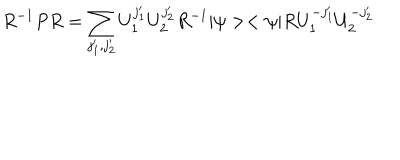
LaTeX: R ^ { - 1 } P R = \sum _ { j _ { 1 } ^ { \prime } , j _ { 2 } ^ { \prime } } U _ { 1 } ^ { j _ { 1 } ^ { \prime } } U _ { 2 } ^ { j _ { 2 } ^ { \prime } } R ^ { - 1 } | \psi > < \psi | R U _ { 1 } ^ { - j _ { 1 } ^ { \prime } } U _ { 2 } ^ { - j _ { 2 } ^ { \prime } }